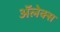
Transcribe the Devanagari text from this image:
अॅलेक्स